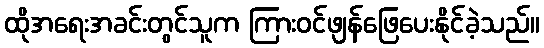
ထိုအရေးအခင်းတွင်သူက ကြားဝင်ဖျန်ဖြေပေးနိုင်ခဲ့သည်။